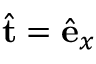
\hat { \mathbf { t } } = \hat { \mathbf { e } } _ { x }